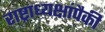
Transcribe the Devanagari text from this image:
राष्ट्राध्यक्षांपैकी